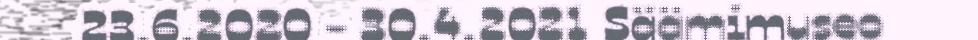
23.6.2020 - 30.4.2021 Säämimuseo